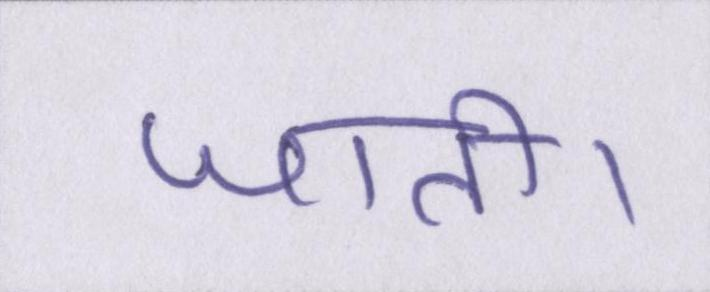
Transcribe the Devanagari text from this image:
जाती।